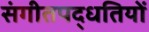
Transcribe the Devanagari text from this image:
संगीतपद्धतियों